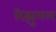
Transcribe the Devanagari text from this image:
रिझुमल